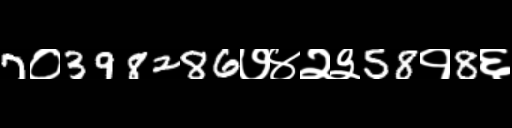
Text: 7०398286७४२३58१8६